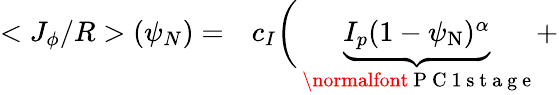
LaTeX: \begin{array}{rl}{<J_{\phi}/R>(\psi_{N})=}&{{}c_{I}\bigg(\underbrace{I_{p}(1-\psi_{\mathrm{N}})^{\alpha}}_{\mathrm{~\normalfont~P~C~1~s~t~a~g~e~}}+}\end{array}